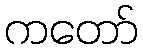
ကတော်